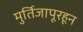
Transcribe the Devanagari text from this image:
मुर्तिजापूरहून